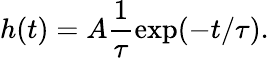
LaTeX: h(t)=A\frac{1}{\tau}\exp(-t/\tau).